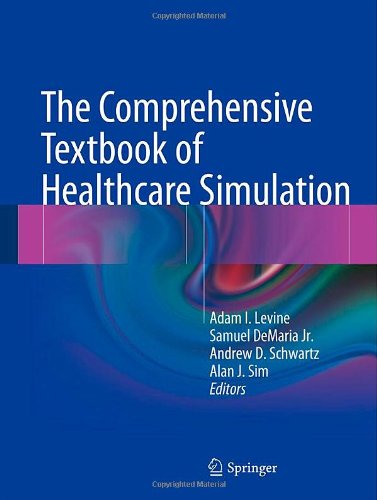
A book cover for The Comprehensive Textbook of Healthcare Simulation; Science & Math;